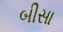
બીસા